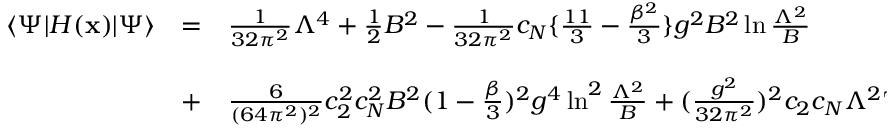
\begin{array} { l l l } { { \langle \Psi | { \cal H } ( { \bf x } ) | \Psi \rangle } } & { { = } } & { { \frac { 1 } { 3 2 \pi ^ { 2 } } \Lambda ^ { 4 } + \frac { 1 } { 2 } B ^ { 2 } - \frac { 1 } { 3 2 \pi ^ { 2 } } c _ { N } \{ \frac { 1 1 } { 3 } - \frac { \beta ^ { 2 } } { 3 } \} g ^ { 2 } B ^ { 2 } \ln \frac { \Lambda ^ { 2 } } { B } } } \\ { { } } & { { } } & { { } } \\ { { } } & { { + } } & { { \frac { 6 } { ( 6 4 \pi ^ { 2 } ) ^ { 2 } } c _ { 2 } ^ { 2 } c _ { N } ^ { 2 } B ^ { 2 } ( 1 - \frac { \beta } { 3 } ) ^ { 2 } g ^ { 4 } \ln ^ { 2 } \frac { \Lambda ^ { 2 } } { B } + ( \frac { g ^ { 2 } } { 3 2 \pi ^ { 2 } } ) ^ { 2 } c _ { 2 } c _ { N } \Lambda ^ { 2 } \mathrm { T r } \langle { \bf x } | G _ { F } | { \bf x } \rangle , } } \end{array}